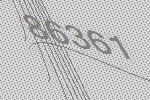
86361